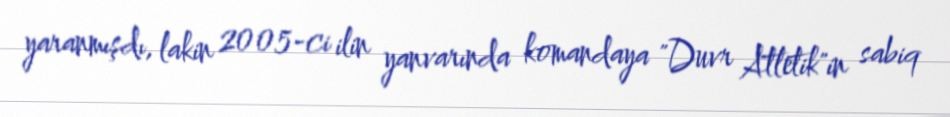
yaranmışdı, lakin 2005-ci ilin yanvarında komandaya "Duvr Atletik"in sabiq